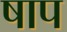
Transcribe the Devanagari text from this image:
षाप